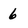
Character: 6